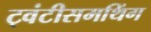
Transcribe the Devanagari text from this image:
ट्वंटीसमथिंग